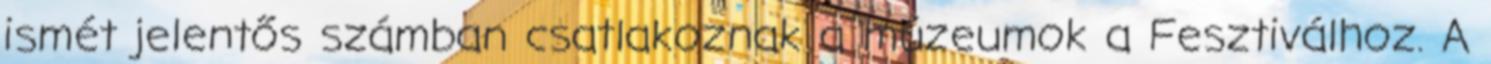
ismét jelentős számban csatlakoznak a múzeumok a Fesztiválhoz. A